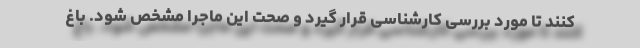
کنند تا مورد بررسی‌ کارشناسی قرار گیرد و صحت این ماجرا مشخص شود. باغ